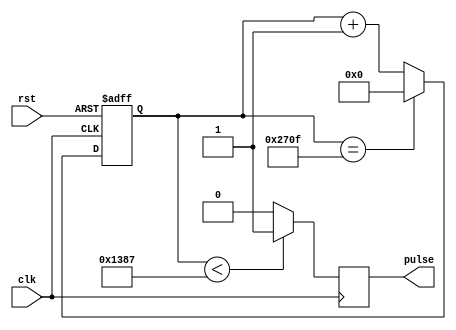
module SimplePulseGenerator(
    input wire clk,
    input wire rst,
    output reg pulse
);

reg [15:0] count;

always @(posedge clk or posedge rst)
begin
    if (rst)
        count <= 16'b0;
    else if (count == 16'd9999) // period of 10000 clock cycles
        count <= 16'b0;
    else
        count <= count + 1;
end

always @(posedge clk)
begin
    if (count < 16'd4999) // width of 5000 clock cycles
        pulse <= 1'b1;
    else
        pulse <= 1'b0;
end

endmodule